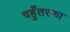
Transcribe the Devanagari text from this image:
चहुँतरफा